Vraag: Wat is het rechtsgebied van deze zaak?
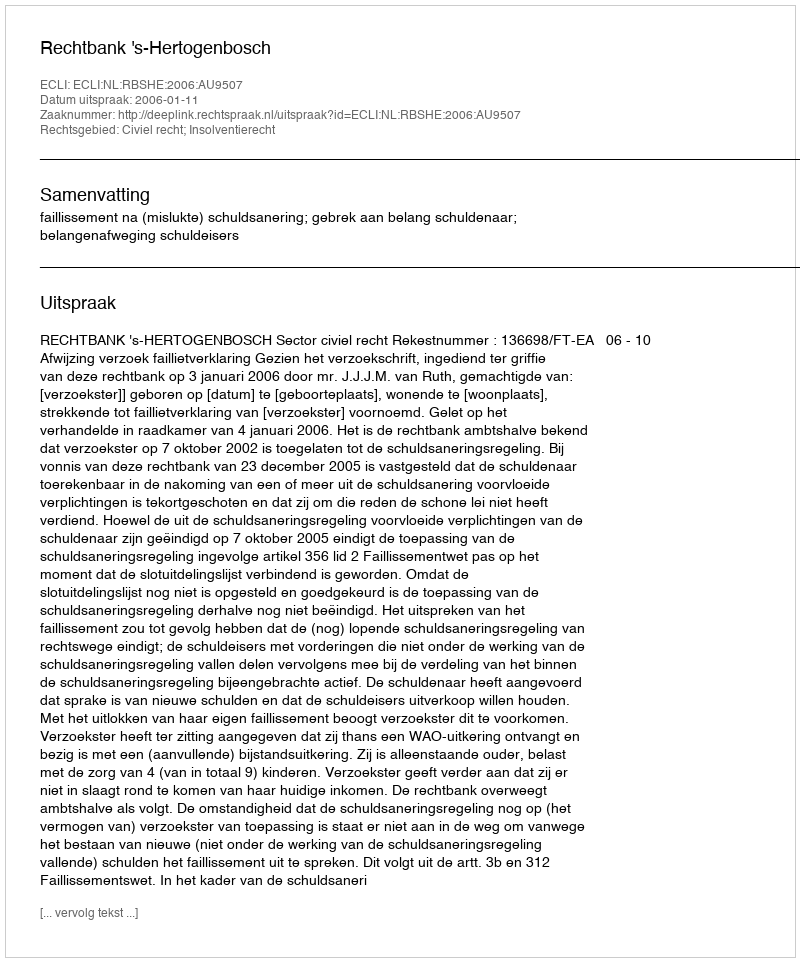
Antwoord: Civiel recht; Insolventierecht